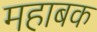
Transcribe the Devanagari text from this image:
महाबक